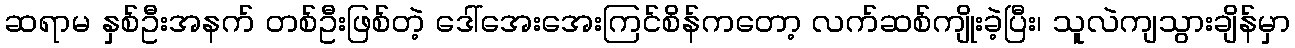
ဆရာမ နှစ်ဦးအနက် တစ်ဦးဖြစ်တဲ့ ဒေါ်အေးအေးကြင်စိန်ကတော့ လက်ဆစ်ကျိုးခဲ့ပြီး၊ သူလဲကျသွားချိန်မှာ